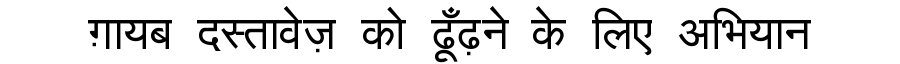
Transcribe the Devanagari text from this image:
ग़ायब दस्तावेज़ को ढूँढ़ने के लिए अभियान